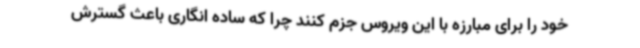
خود را برای مبارزه با این ویروس جزم کنند چرا که ساده انگاری باعث گسترش